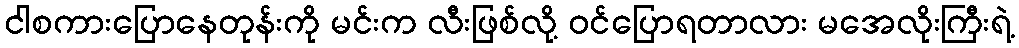
ငါစကားပြောနေတုန်းကို မင်းက လီးဖြစ်လို့ ဝင်ပြောရတာလား မအေလိုးကြီးရဲ့